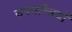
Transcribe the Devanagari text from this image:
उपमन्त्रियों